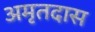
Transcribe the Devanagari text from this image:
अमृतदास